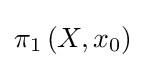
\pi _{1}\left(X,x_{0}\right)